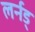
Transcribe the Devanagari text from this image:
लर्नड्